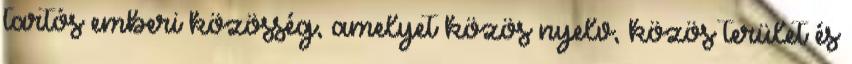
tartós emberi közösség, amelyet közös nyelv, közös terület és